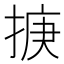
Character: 掶